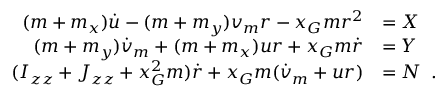
\begin{array} { r l } { ( m + m _ { x } ) \dot { u } - ( m + m _ { y } ) v _ { m } r - x _ { G } m r ^ { 2 } } & { = X } \\ { ( m + m _ { y } ) \dot { v } _ { m } + ( m + m _ { x } ) u r + x _ { G } m \dot { r } } & { = Y } \\ { ( I _ { z z } + J _ { z z } + x _ { G } ^ { 2 } m ) \dot { r } + x _ { G } m ( \dot { v } _ { m } + u r ) } & { = N \enspace . } \end{array}